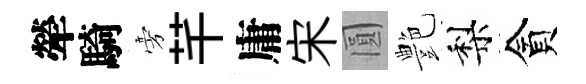
犖騎旁芊庸宋圓艶梨貪